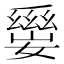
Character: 𡢛